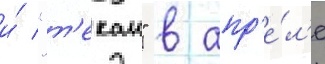
и́ "т'екаи" в апр'е́л'е